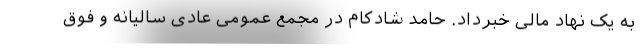
به یک نهاد مالی خبرداد. حامد شادکام در مجمع عمومی عادی سالیانه و فوق